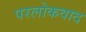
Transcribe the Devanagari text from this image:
परलोकवाद